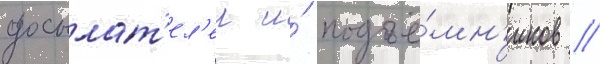
досылат'ел'еи и́ подъё́мн'иков //